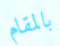
بالمقام